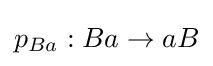
p_{Ba}:Ba\rightarrow aB